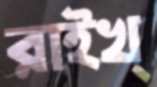
রাইখ্